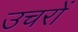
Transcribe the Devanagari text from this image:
उचरों